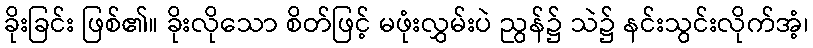
ခိုးခြင်း ဖြစ်၏။ ခိုးလိုသော စိတ်ဖြင့် မဖုံးလွှမ်းပဲ ညွန်၌ သဲ၌ နင်းသွင်းလိုက်အံ့၊